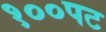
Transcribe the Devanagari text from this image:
१००पट